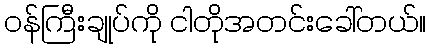
၀န်ကြီးချုပ်ကို ငါတိုအတင်းခေါ်တယ်။